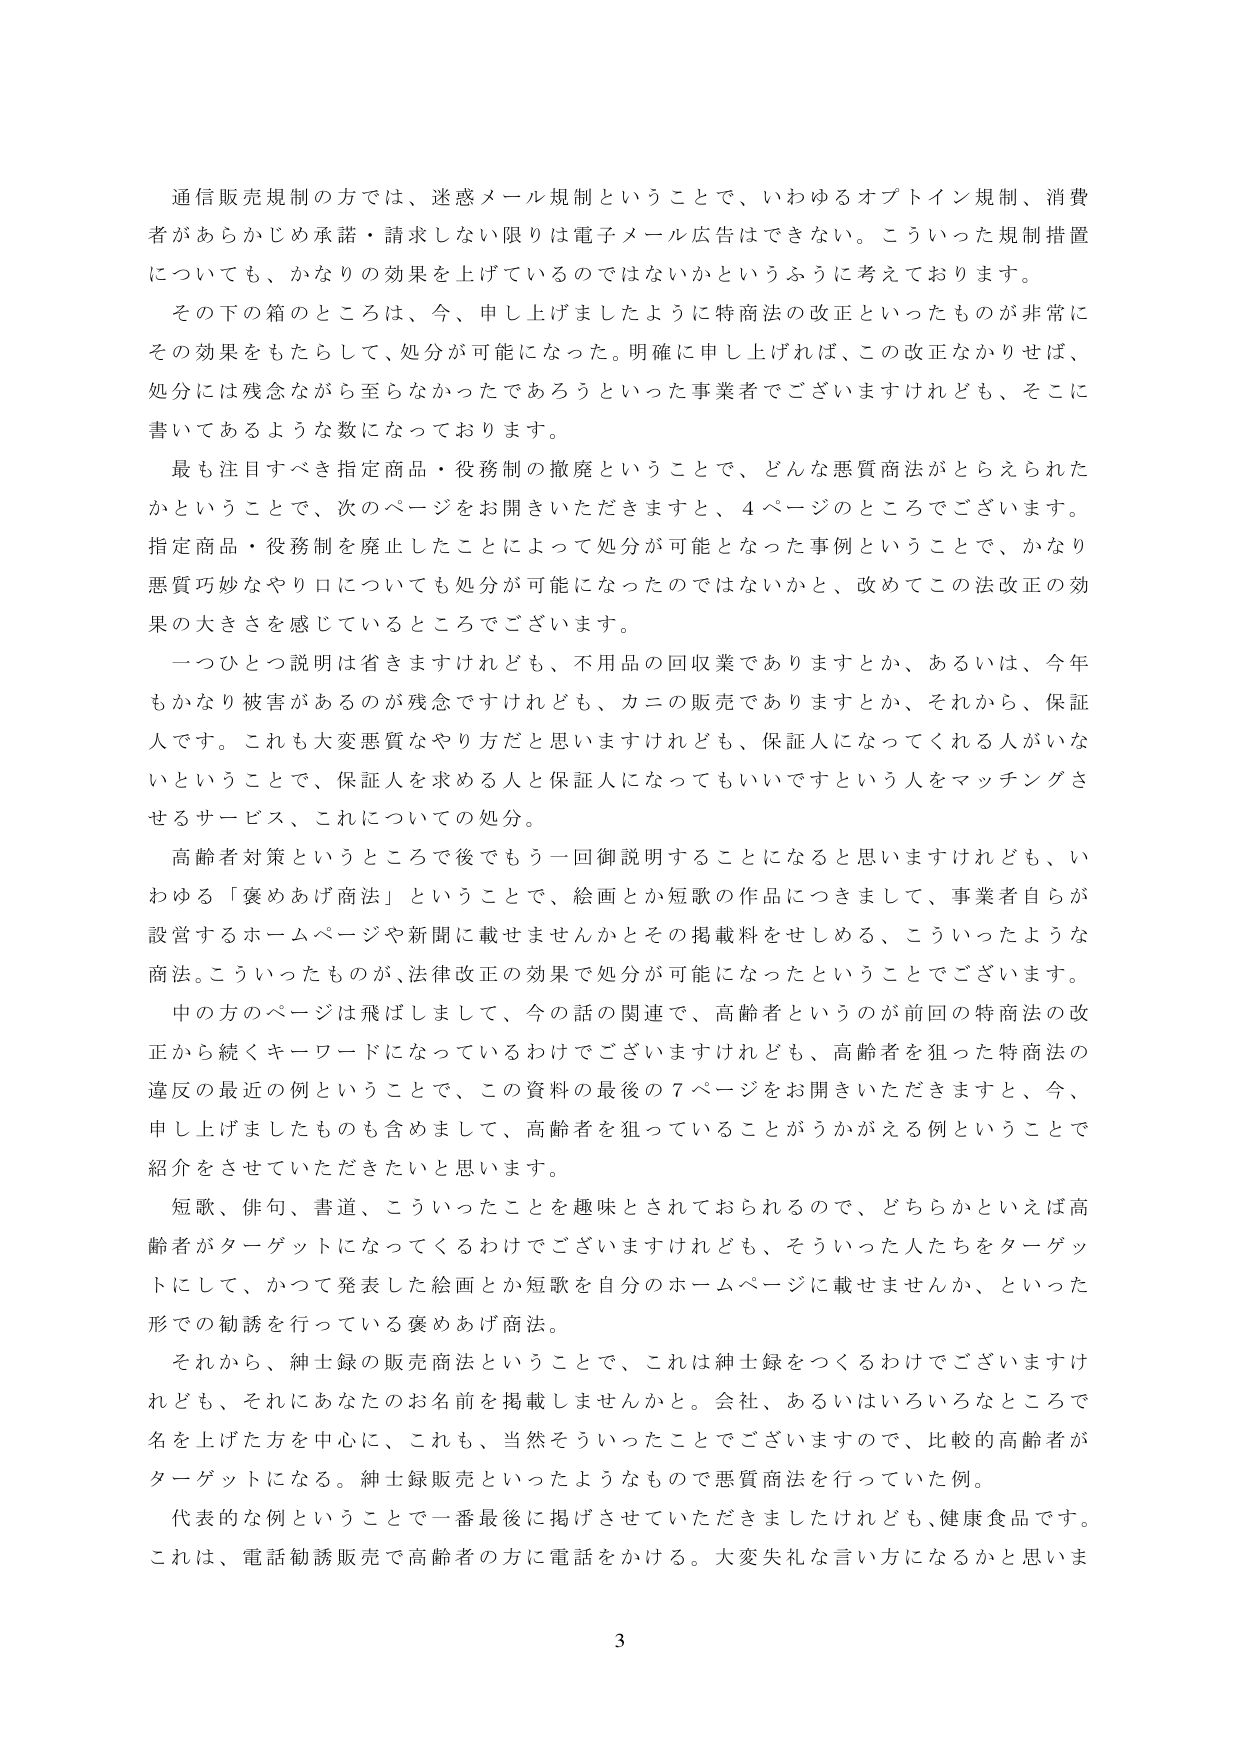
通信販売規制の方では、迷惑メール規制ということで、いわゆるオプトイン規制、消費者があらかじめ承諾・請求しない限りは電子メール広告はできない。こういった規制措置についても、かなりの効果を上げているのではないかというふうに考えております。

その下の箱のところは、今、申し上げましたように特商法の改正といったものが非常にその効果をもたらして、処分が可能になった。明確に申し上げれば、この改正なかりせば、処分には残念ながら至らなかったであろうといった事業者でございますけれども、そこに書いてあるような数になっております。

最も注目すべき指定商品・役務制の撤廃ということで、どんな悪質商法がとらえられたかということで、次のページをお開きいただきますと、4ページのところでございます。指定商品・役務制を廃止したことによって処分が可能となった事例ということで、かなり悪質巧妙なやり口についても処分が可能になったのではないかと、改めてこの法改正の効果の大きさを感じているところでございます。

一つひとつ説明は省きますけれども、不用品の回収業でありますとか、あるいは、今年もかなり被害があるのが残念ですけれども、カニの販売でありますとか、それから、保証人です。これも大変悪質なやり方だと思いますけれども、保証人になってくれる人がいないということで、保証人を求める人と保証人になってもいいですという人をマッチングさせるサービス、これについての処分。

高齢者対策というところで後でもう一回御説明することになると思いますけれども、いわゆる「褒めあげ商法」ということで、絵画とか短歌の作品につきまして、事業者自身が設営するホームページや新聞に載せませんかとその掲載料をせしめる、こういったような商法。こういったものが、法律改正の効果で処分が可能になったということでございます。

中の方のページは飛ばしまして、今の話の関連で、高齢者というのが前回の特商法の改正から続くキーワードになっているわけでございますけれども、高齢者を狙った特商法の違反の最近の例ということで、この資料の最後の7ページをお開きいただきますと、今、申し上げましたものも含めまして、高齢者を狙っていることがうかがえる例ということで紹介をさせていただきたいと思います。

短歌、俳句、書道、こういったことを趣味とされておられるので、どちらかといえば高齢者がターゲットになってくるわけでございますけれども、そういった人たちをターゲットにして、かつて発表した絵画とか短歌を自分のホームページに載せませんか、といった形での勧誘を行っている褒めあげ商法。

それから、紳士録の販売商法ということで、これは紳士録をつくるわけでございますけれども、それにあなたのお名前を掲載しませんかと。会社、あるいはいろいろなところで名を上げた方を中心に、これも、当然そういったことでございますので、比較的高齢者がターゲットになる。紳士録販売といったようなもので悪質商法を行っていた例。

代表的な例ということで一番最後に掲げさせていただきましたけれども、健康食品です。これは、電話勧誘販売で高齢者の方に電話をかける。大変失礼な言い方になるかと思いま

3